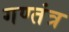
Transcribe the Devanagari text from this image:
गण्तंत्र